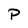
Character: P